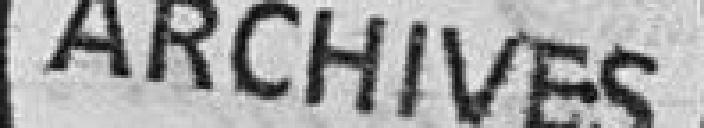
ARCHIVES